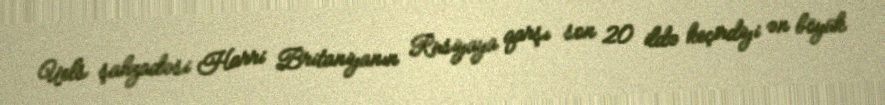
Uels şahzadəsi Harri Britaniyanın Rusiyaya qarşı son 20 ildə keçirdiyi ən böyük